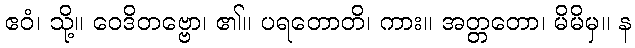
ဧဝံ၊ သို့။ ဝေဒိတဗ္ဗော၊ ၏။ ပရတောတိ၊ ကား။ အတ္တတော၊ မိမိမှ။ န